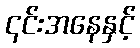
၎င်းအနေနှင့်